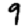
Digit: 9